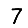
Digit: 7